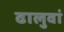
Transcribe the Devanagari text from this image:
ढालुवां